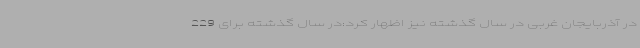
در آذربایجان غربی در سال گذشته نیز اظهار کرد:در سال گذشته برای 229